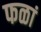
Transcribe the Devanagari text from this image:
फळां